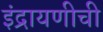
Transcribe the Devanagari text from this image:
इंद्रायणीची